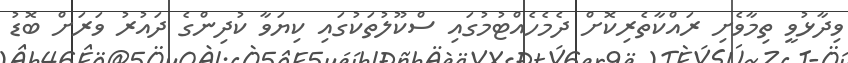
ވިދާޅުވީ ތިމާވެށި ރައްކާތެރިކޮށް ދެމެހެއްޓުމުގައި ސްކޫލުތަކުގައި ކިޔަވާ ކުދިންގެ ދައުރު ވަރަށް ބޮޑު